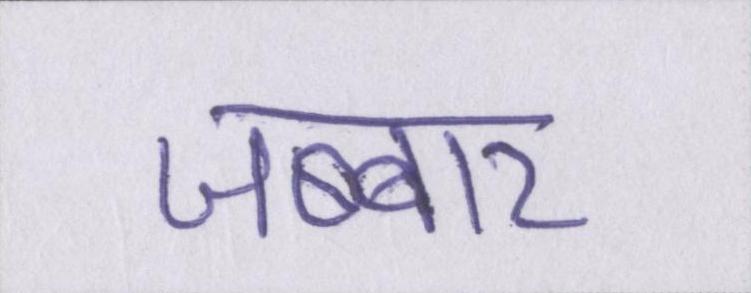
जब्बार